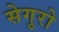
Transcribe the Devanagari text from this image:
सेगुरो